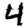
Digit: 4